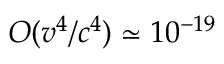
{ \cal O } ( v ^ { 4 } / c ^ { 4 } ) \simeq 1 0 ^ { - 1 9 }